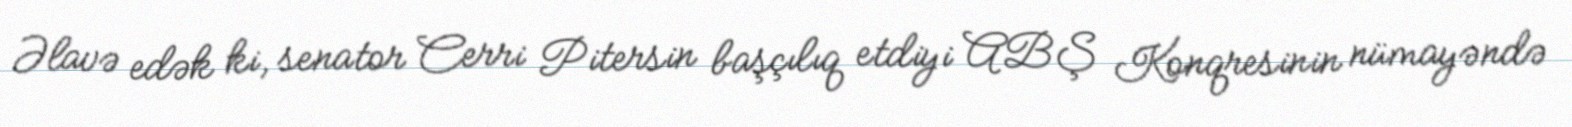
Əlavə edək ki, senator Cerri Pitersin başçılıq etdiyi ABŞ Konqresinin nümayəndə